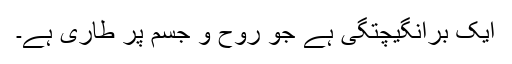
ایک برانگیچتگی ہے جو روح و جسم پر طاری ہے۔